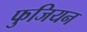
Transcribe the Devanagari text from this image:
फुजियन